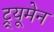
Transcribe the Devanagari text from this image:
ट्र्यूमेन